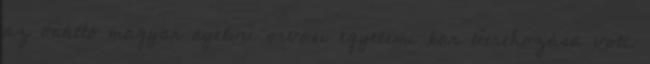
az önálló magyar nyelvű orvosi egyetemi kar létrehozása volt.